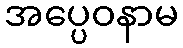
အပ္ပေဝနာမ